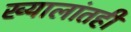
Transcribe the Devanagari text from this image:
ख्यालांतही